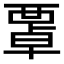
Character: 𧟻